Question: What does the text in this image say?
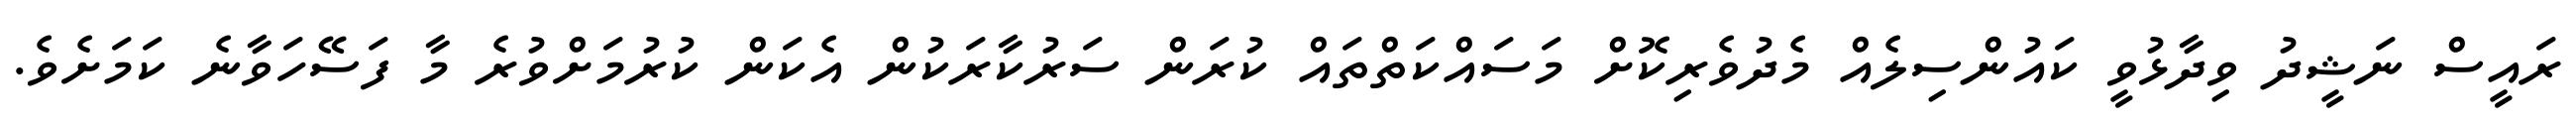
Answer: ރައީސް ނަޝީދު ވިދާޅުވީ ކައުންސިލެއް މެދުވެރިކޮށް މަސައްކަތްތައް ކުރަން ސަރުކާރަކުން އެކަން ކުރުމަށްވުރެ މާ ފަސޭހަވާނެ ކަމަށެވެ.